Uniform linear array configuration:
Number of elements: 4
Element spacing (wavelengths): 0.75
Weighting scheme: kaiser
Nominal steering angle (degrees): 15
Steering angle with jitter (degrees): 15.798
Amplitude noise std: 0.05
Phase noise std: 0.05

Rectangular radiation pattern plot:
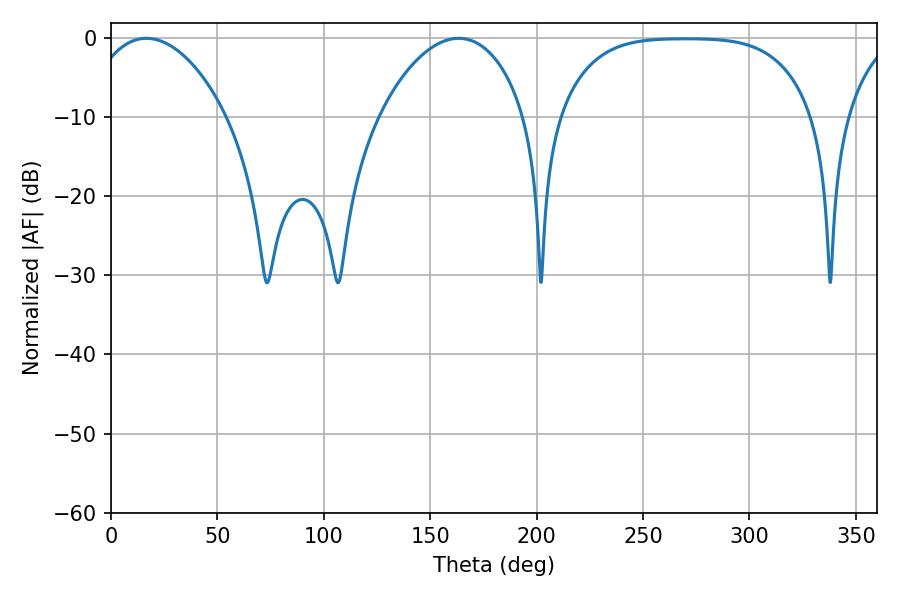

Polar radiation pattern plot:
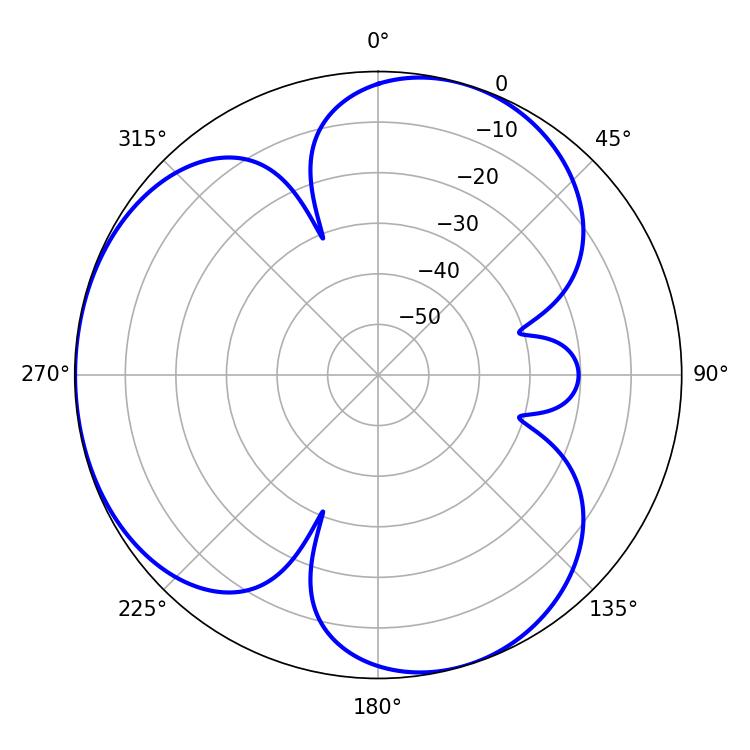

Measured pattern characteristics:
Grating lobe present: TRUE
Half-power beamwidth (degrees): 37.26
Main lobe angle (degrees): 16.56